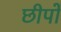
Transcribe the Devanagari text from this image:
छीपों